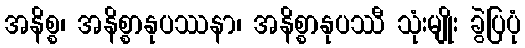
အနိစ္စ၊ အနိစ္စာနုပဿနာ၊ အနိစ္စာနုပဿီ သုံးမျိုး ခွဲပြပုံ